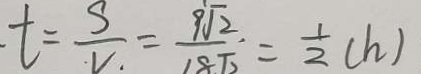
t = \frac { S } { V . } = \frac { 9 \sqrt { 2 } } { 1 8 \sqrt { 2 } } = \frac { 1 } { 2 } ( h )